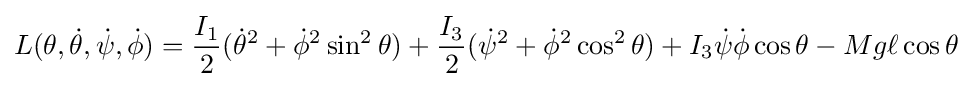
L(\theta ,{\dot {\theta }},{\dot {\psi }},{\dot {\phi }})={\frac {I_{1}}{2}}({\dot {\theta }}^{2}+{\dot {\phi }}^{2}\sin ^{2}\theta )+{\frac {I_{3}}{2}}({\dot {\psi }}^{2}+{\dot {\phi }}^{2}\cos ^{2}\theta )+I_{3}{\dot {\psi }}{\dot {\phi }}\cos \theta -Mg\ell \cos \theta